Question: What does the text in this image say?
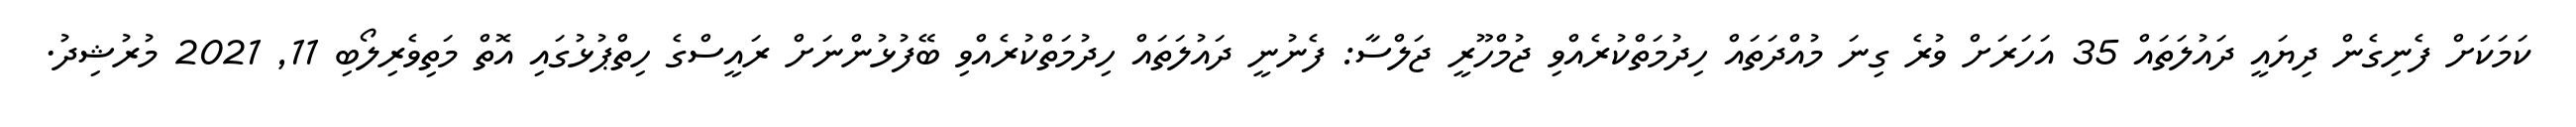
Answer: ކަމަކަށް ފެނިގެން ދިޔައީ ދައުލަތައް 35 އަހަރަށް ވުރެ ގިނަ މުއްދަތައް ހިދުމަތްކުރެއްވި ޖުމްހޫރީ ޖަލްސާ: ފެނުނީ ދައުލަތައް ހިދުމަތްކުރެއްވި ބޭފުޅުންނަށް ރައީސްގެ ހިތްޕުޅުގައި އޮތް މަތިވެރިލޯބި 11, 2021 މުރުޝިދު.